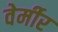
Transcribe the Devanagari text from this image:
वेर्मीर